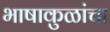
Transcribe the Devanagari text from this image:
भाषाकुळांचा